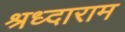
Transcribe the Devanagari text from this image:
श्रध्दाराम